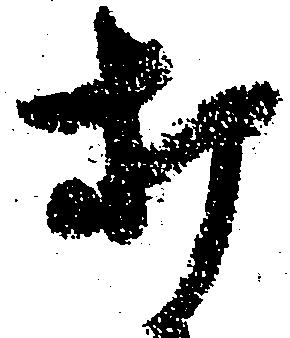
打